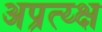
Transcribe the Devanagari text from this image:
अप्रत्य्क्ष